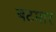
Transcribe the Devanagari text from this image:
बटमार